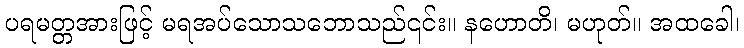
ပရမတ္တအားဖြင့် မရအပ်သောသဘောသည်၎င်း။ နဟောတိ၊ မဟုတ်။ အထခေါ၊